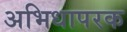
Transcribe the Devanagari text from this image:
अभिधापरक